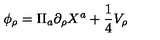
\phi _ { \rho } = \Pi _ { a } \partial _ { \rho } X ^ { a } + \frac { 1 } { 4 } V _ { \rho }